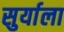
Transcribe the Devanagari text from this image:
सुर्याला